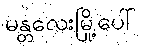
မန္တလေးမြို့ပေါ်